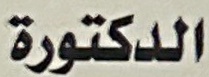
الدكتورة